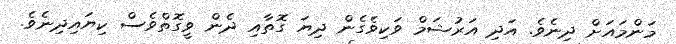
މަންމައަށް ދިނެވެ. އަދި އަރުޝަމް ވަކިވެގެން ދިޔަ ގޮތާއި ދެން ވީގޮތްވެސް ކިޔައިދިނެވެ.